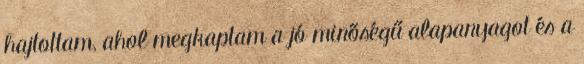
hajtottam, ahol megkaptam a jó minőségű alapanyagot és a